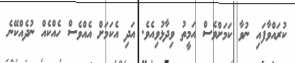
ކުރައްވާފައި ނުވާ ކަމަށްވެސް އަމީތު ވިދާޅުވިއެވެ. އަދި އެކަމަށް އެއްވެސް ހެއްކެއް ނުދެއްކޭނެ